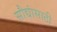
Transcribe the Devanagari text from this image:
सौद्यांसाठी